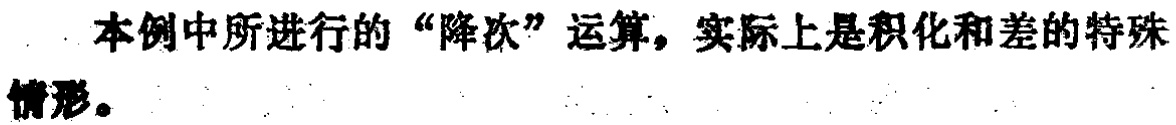
本例中所进行的“降次”运算，实际上是积化和差的特殊情形。